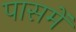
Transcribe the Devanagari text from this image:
पासमें